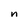
Character: n